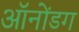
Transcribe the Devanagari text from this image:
ऑनोंडग